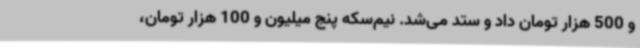
و 500 هزار تومان داد و ستد می‌شد. نیم‌سکه پنج میلیون و 100 هزار تومان،